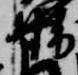
晴